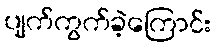
ပျက်ကွက်ခဲ့ကြောင်း